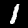
Digit: 1